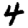
Digit: 4